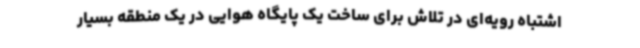
اشتباه رویه‌ای در تلاش برای ساخت یک پایگاه هوایی در یک منطقه بسیار